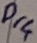
Text: Pr4